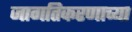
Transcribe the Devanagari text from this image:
जागतिकरणाच्या